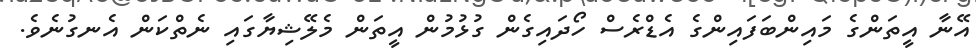
އޭނާ އީތަންގެ މައިންބަފައިންގެ އެޑްރެސް ހޯދައިގެން ގުޅުމުން އީތަން މެލޭޝިޔާގައި ނެތްކަން އެނގުނެވެ.